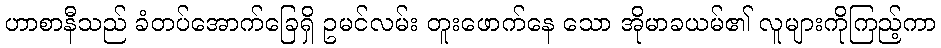
ဟာစာနီသည် ခံတပ်အောက်ခြေရှိ ဥမင်လမ်း တူးဖောက်နေ သော အိုမာခယမ်၏ လူများကိုကြည့်ကာ